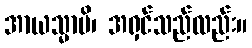
အာယသ္မာပိ၊ အရှင်သည်လည်း။